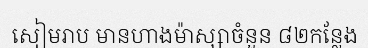
សៀមរាប មានហាងម៉ាស្សាចំនួន ៨២កន្លែង